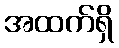
အထက်ရှိ